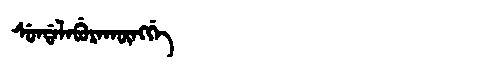
Manchu: ᠰᡠᠨᡩᠠᠯᠠᠪᡠᡵᠠᡴᡡᠩᡤᡝ
Romanization: SUNDALABURAKŪNGGE